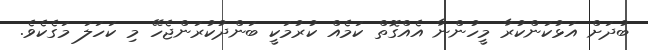
ބުދަށް އަޅުކަންކުރާ މީހުންނާ އެއްގޮތް ކަމެއް ކުރުމަކީ ބަންދުކުރަންޖެހޭ މި ކަހަލަ މަގެކެވެ.